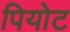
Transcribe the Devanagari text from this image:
पियोट